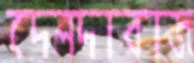
দেলদারাজ